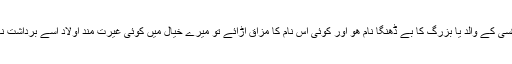
ھم میں سے کسی کے والد یا بزرگ کا بے ڈھنگا نام ھو اور کوئی اس نام کا مزاق اڑائے تو میرے خیال میں کوئی غیرت مند اولاد اسے برداشت نہیں کرے گی۔